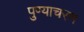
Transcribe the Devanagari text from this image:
पुण्याचरण